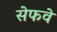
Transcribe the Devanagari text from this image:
सेफवे